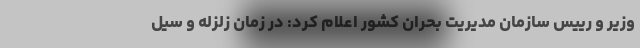
وزیر و رییس سازمان مدیریت بحران کشور اعلام کرد: در زمان زلزله و سیل